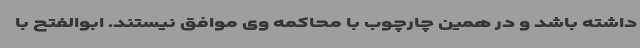
داشته باشد و در همین چارچوب با محاکمه وی موافق نیستند. ابوالفتح با